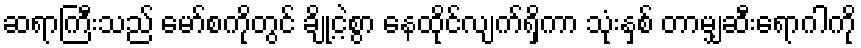
ဆရာကြီးသည် မော်စကိုတွင် ချို့ငဲ့စွာ နေထိုင်လျက်ရှိကာ သုံးနှစ် တာမျှဆီးရောဂါကို